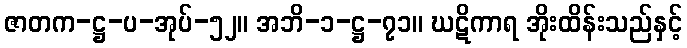
ဇာတက-ဋ္ဌ-ပ-အုပ်-၅၂။ အဘိ-၁-ဋ္ဌ-၇၁။ ဃဋိကာရ အိုးထိန်းသည်နှင့်